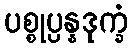
ပစ္စုပ္ပန္နဒုက္ခံ